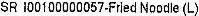
SR I00100000057-FRLED NOODLE (L)